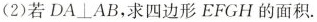
(2)若DA⊥AB，求四边形EFGH的面积.